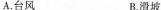
A.台风 B.滑坡